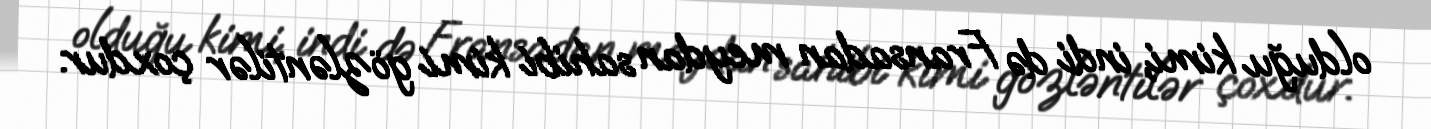
olduğu kimi, indi də Fransadan meydan sahibi kimi gözləntilər çoxdur.